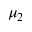
\mu _ { 2 }